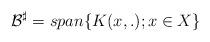
LaTeX: \begin{align*}\mathcal{B}^{\sharp} =span \{K(x,.) ; x\in X\}\end{align*}